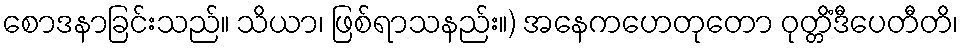
စောဒနာခြင်းသည်။ သိယာ၊ ဖြစ်ရာသနည်း။) အနေကဟေတုတော ဝုတ္တိံဒီပေတီတိ၊